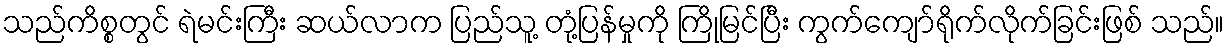
သည်ကိစ္စတွင် ရဲမင်းကြီး ဆယ်လာက ပြည်သူ့ တုံ့ပြန်မှုကို ကြိုမြင်ပြီး ကွက်ကျော်ရိုက်လိုက်ခြင်းဖြစ် သည်။